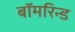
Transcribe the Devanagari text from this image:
बॉमरिन्ड